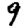
Digit: 9